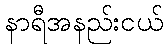
နာရီအနည်းငယ်